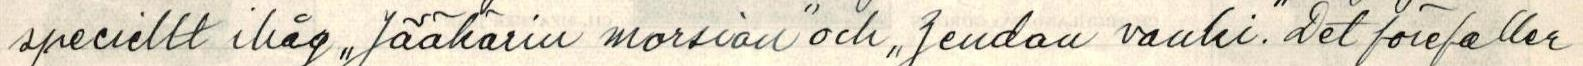
speciellt ihåg ,,Jääkärin morsian" och "Zendan vanki". Det förefaller